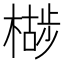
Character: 𣚷